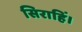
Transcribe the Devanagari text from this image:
सिराहिं।